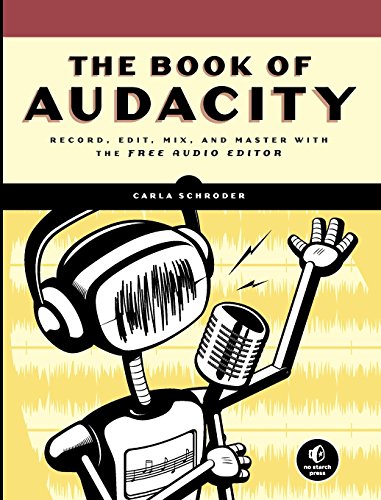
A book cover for The Book of Audacity: Record, Edit, Mix, and Master with the Free Audio Editor; Carla Schroder; Computers & Technology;